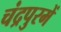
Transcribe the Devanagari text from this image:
चंद्रपुरमें